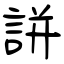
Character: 誁